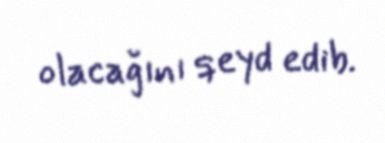
olacağını qeyd edib.